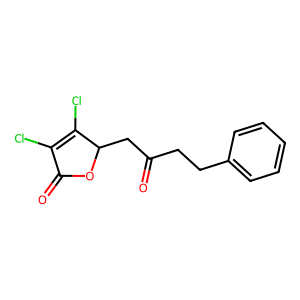
SMILES: O=C(CCc1ccccc1)CC1OC(=O)C(Cl)=C1Cl
Inhibits HIV replication: No